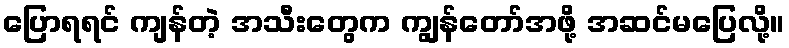
ပြောရရင် ကျန်တဲ့ အသီးတွေက ကျွန်တော်အဖို့ အဆင်မပြေလို့။